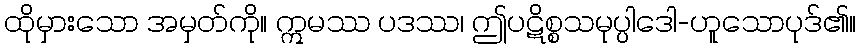
ထိုမှားသော အမှတ်ကို။ ဣမဿ ပဒဿ၊ ဤပဋိစ္စသမုပ္ပါဒေါ-ဟူသောပုဒ်၏။